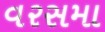
વરસમા